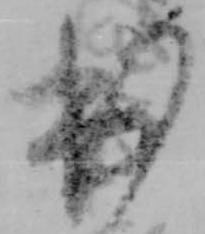
出